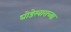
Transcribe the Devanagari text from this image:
घोडेस्वाराच्या